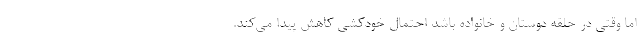
اما وقتی در حلقه دوستان و خانواده باشد احتمال خودکشی کاهش پیدا می‌کند.